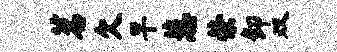
茗欠早葱荣卸双